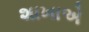
શાખાએ